Scottish Leaving Certificate Examination, 1958
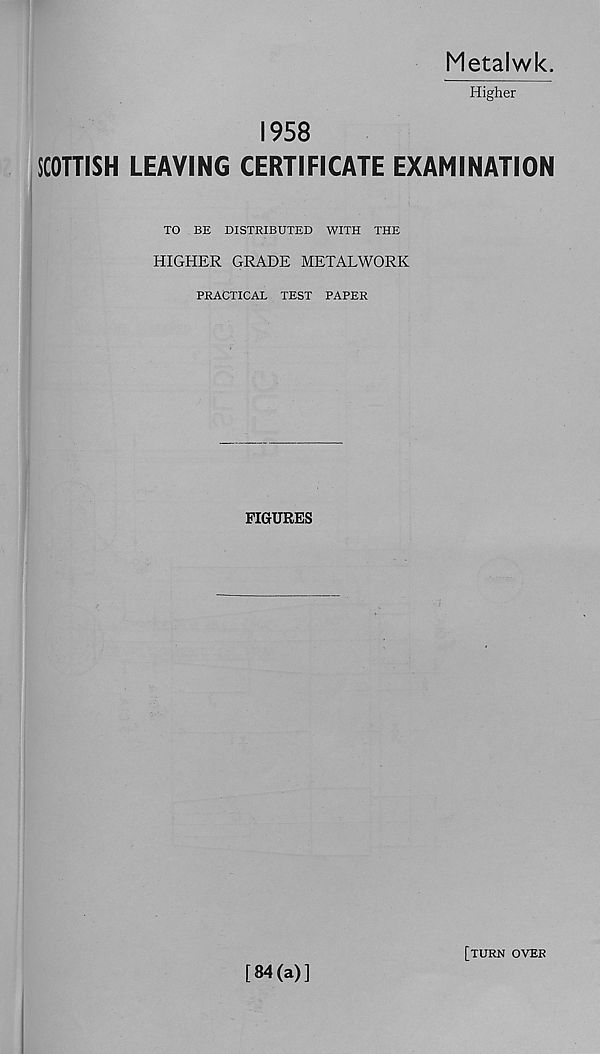
Metalwk.
Higher
1958
SCOTTISH LEAVING CERTIFICATE EXAMINATION
TO BE DISTRIBUTED WITH THE
HIGHER GRADE METALWORK
PRACTICAL TEST PAPER
FIGURES
[84(a)]
[turn over